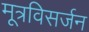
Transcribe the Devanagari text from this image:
मूत्रविसर्जन